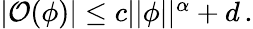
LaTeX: \begin{array}{r}{\vert\mathcal{O}(\phi)\vert\leq c\vert\vert\phi\vert\vert^{\alpha}+d\, .}\end{array}